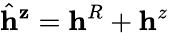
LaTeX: \hat{\mathbf{h}}^{\mathbf{z}}=\mathbf{h}^{R}+\mathbf{h}^{z}